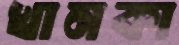
খানকা